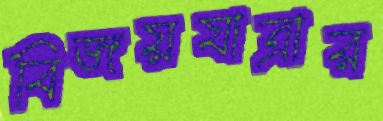
বিজয়যাত্রার